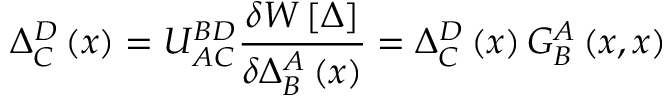
\Delta _ { C } ^ { D } \left( x \right) = U _ { A C } ^ { B D } \frac { \delta W \left[ \Delta \right] } { \delta \Delta _ { B } ^ { A } \left( x \right) } = \Delta _ { C } ^ { D } \left( x \right) G _ { B } ^ { A } \left( x , x \right)